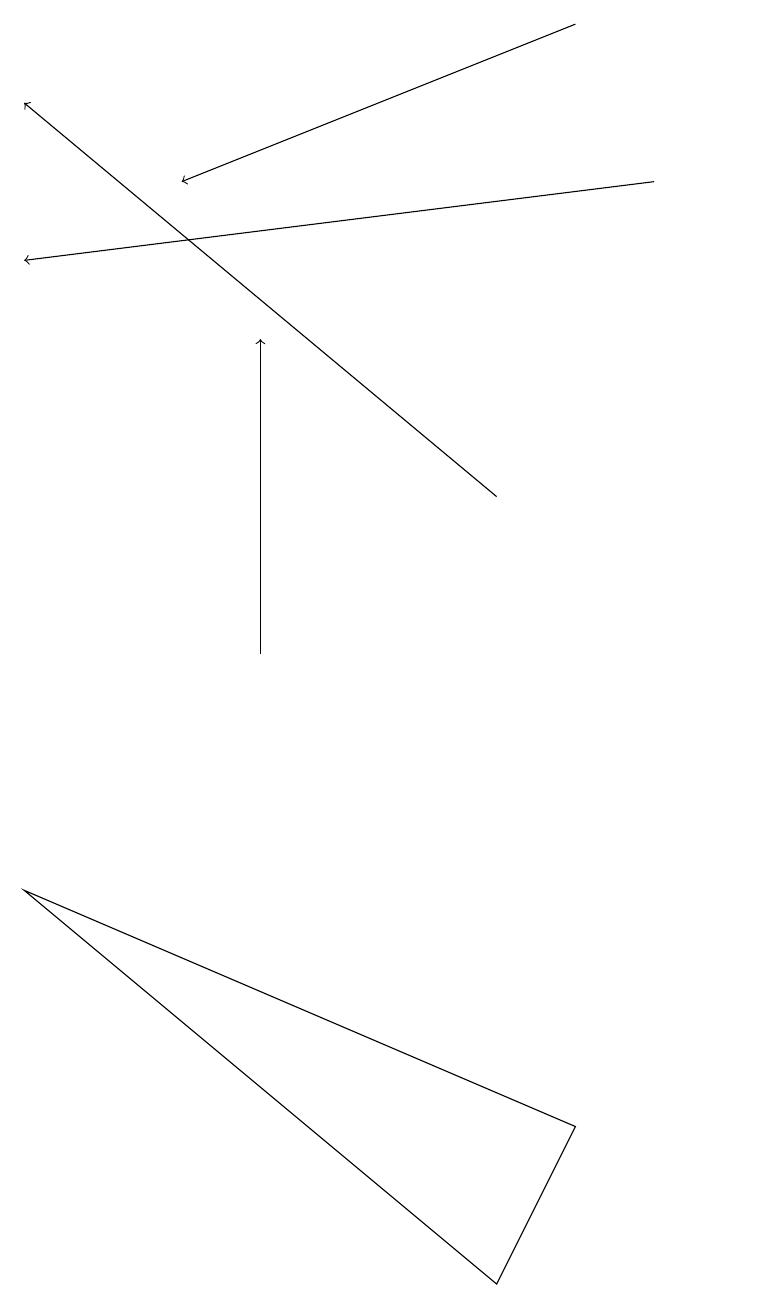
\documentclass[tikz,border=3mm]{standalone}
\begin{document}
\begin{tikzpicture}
\draw (8,4) -- (7,2) -- (1,7) -- cycle;
\draw (10,10) circle (0);
\draw[->] (7,12) -- (1,17);
\draw[->] (9,16) -- (1,15);
\draw[->] (8,18) -- (3,16);
\draw[->] (4,10) -- (4,14);
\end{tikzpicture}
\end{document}